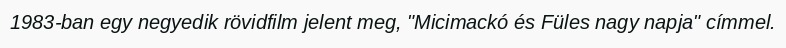
1983-ban egy negyedik rövidfilm jelent meg, "Micimackó és Füles nagy napja" címmel.